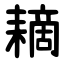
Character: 䎮